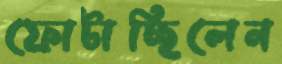
ফোটাচ্ছিলেন